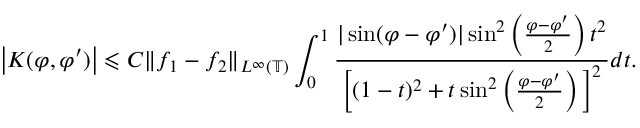
\big | K ( \varphi , \varphi ^ { \prime } ) \big | \leqslant C \| f _ { 1 } - f _ { 2 } \| _ { L ^ { \infty } ( \mathbb { T } ) } \int _ { 0 } ^ { 1 } \frac { | \sin ( \varphi - \varphi ^ { \prime } ) | \sin ^ { 2 } \left( \frac { \varphi - \varphi ^ { \prime } } { 2 } \right) t ^ { 2 } } { \Big [ ( 1 - t ) ^ { 2 } + t \sin ^ { 2 } \left( \frac { \varphi - \varphi ^ { \prime } } { 2 } \right) \Big ] ^ { 2 } } d t .